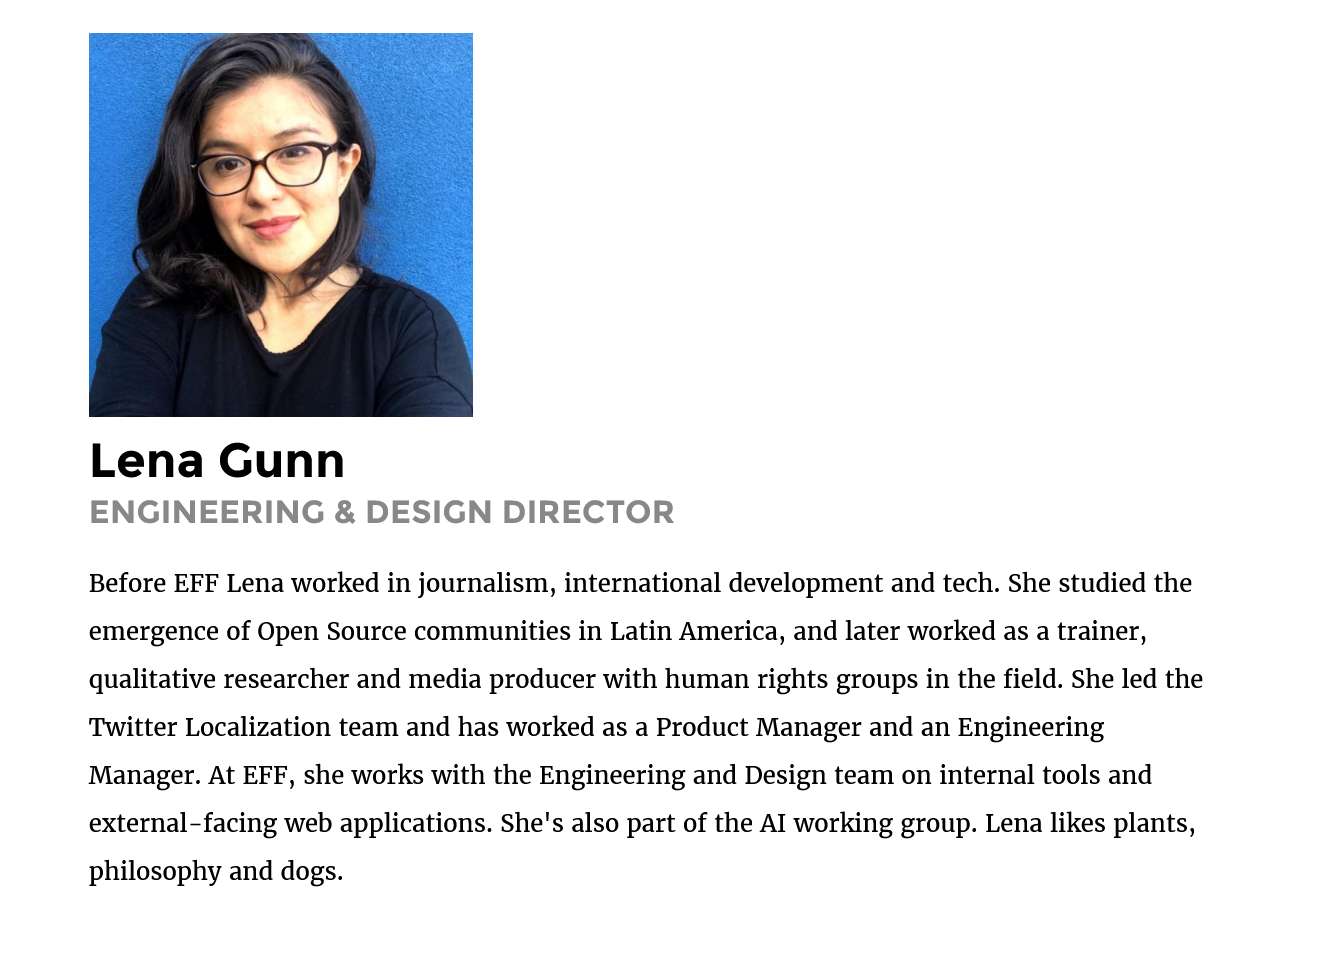
Before EFF Lena worked in journalism, international development and tech. She studied the
     emergence of Open Source communities in Latin America, and later worked as
     a
     trainer,
     qualitative researcher and media producer with human rights groups in the field. She led the
     Twitter Localization team and has worked as a Product Manager and an Engineering
     Manager. At EFF, she works with the Engineering and Design team on internal tools and
     external-facing web applications. She's also part of the AI working group. Lena likes plants,
     philosophy and dogs.
     ENGINEERING    & DESIGN    DIRECTOR
     Lena    Gunn